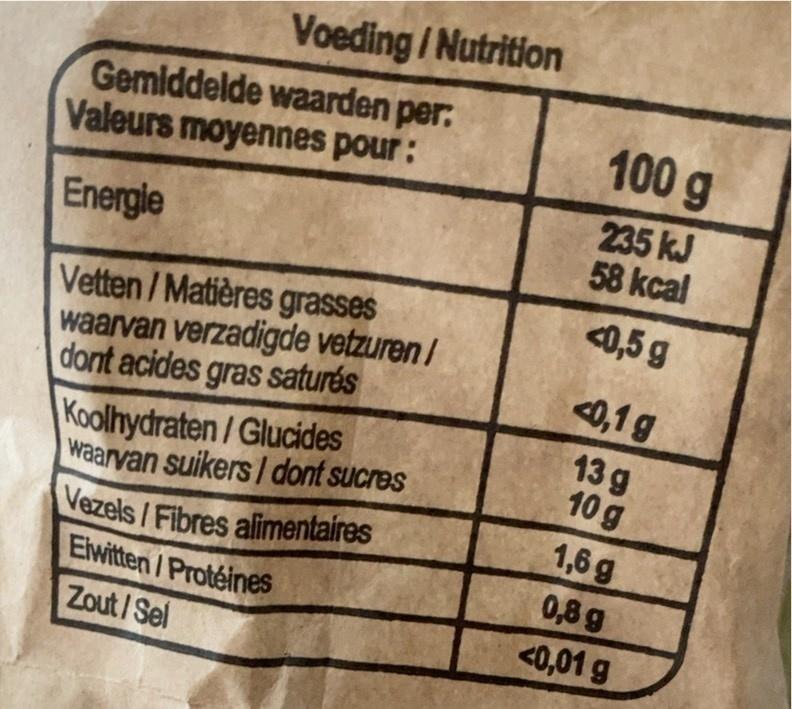
Voeding/Nutrition
Gemiddelde waarden per. Valeurs moyennes pour:
100 g
235 kJ 58 kcal
Energie
<0,5 g
Vetten/Matières grasses waarvan verzadigde vetzuren / dont acides gras saturés Koolhydraten/Glucides waarvan suikers I dont sucres Vezels /Fibres alimentaires Elwitten /Protéines
0,1 g
13 g 10 g
1,6 g
0,8 g
<0,01 g
Zout/Sel